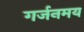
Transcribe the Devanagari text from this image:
गर्जनमय